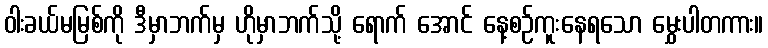
ဝါးခယ်မမြစ်ကို ဒီမှာဘက်မှ ဟိုမှာဘက်သို့ ရောက် အောင် နေ့စဉ်ကူးနေရသော မွှေးပါတကား။